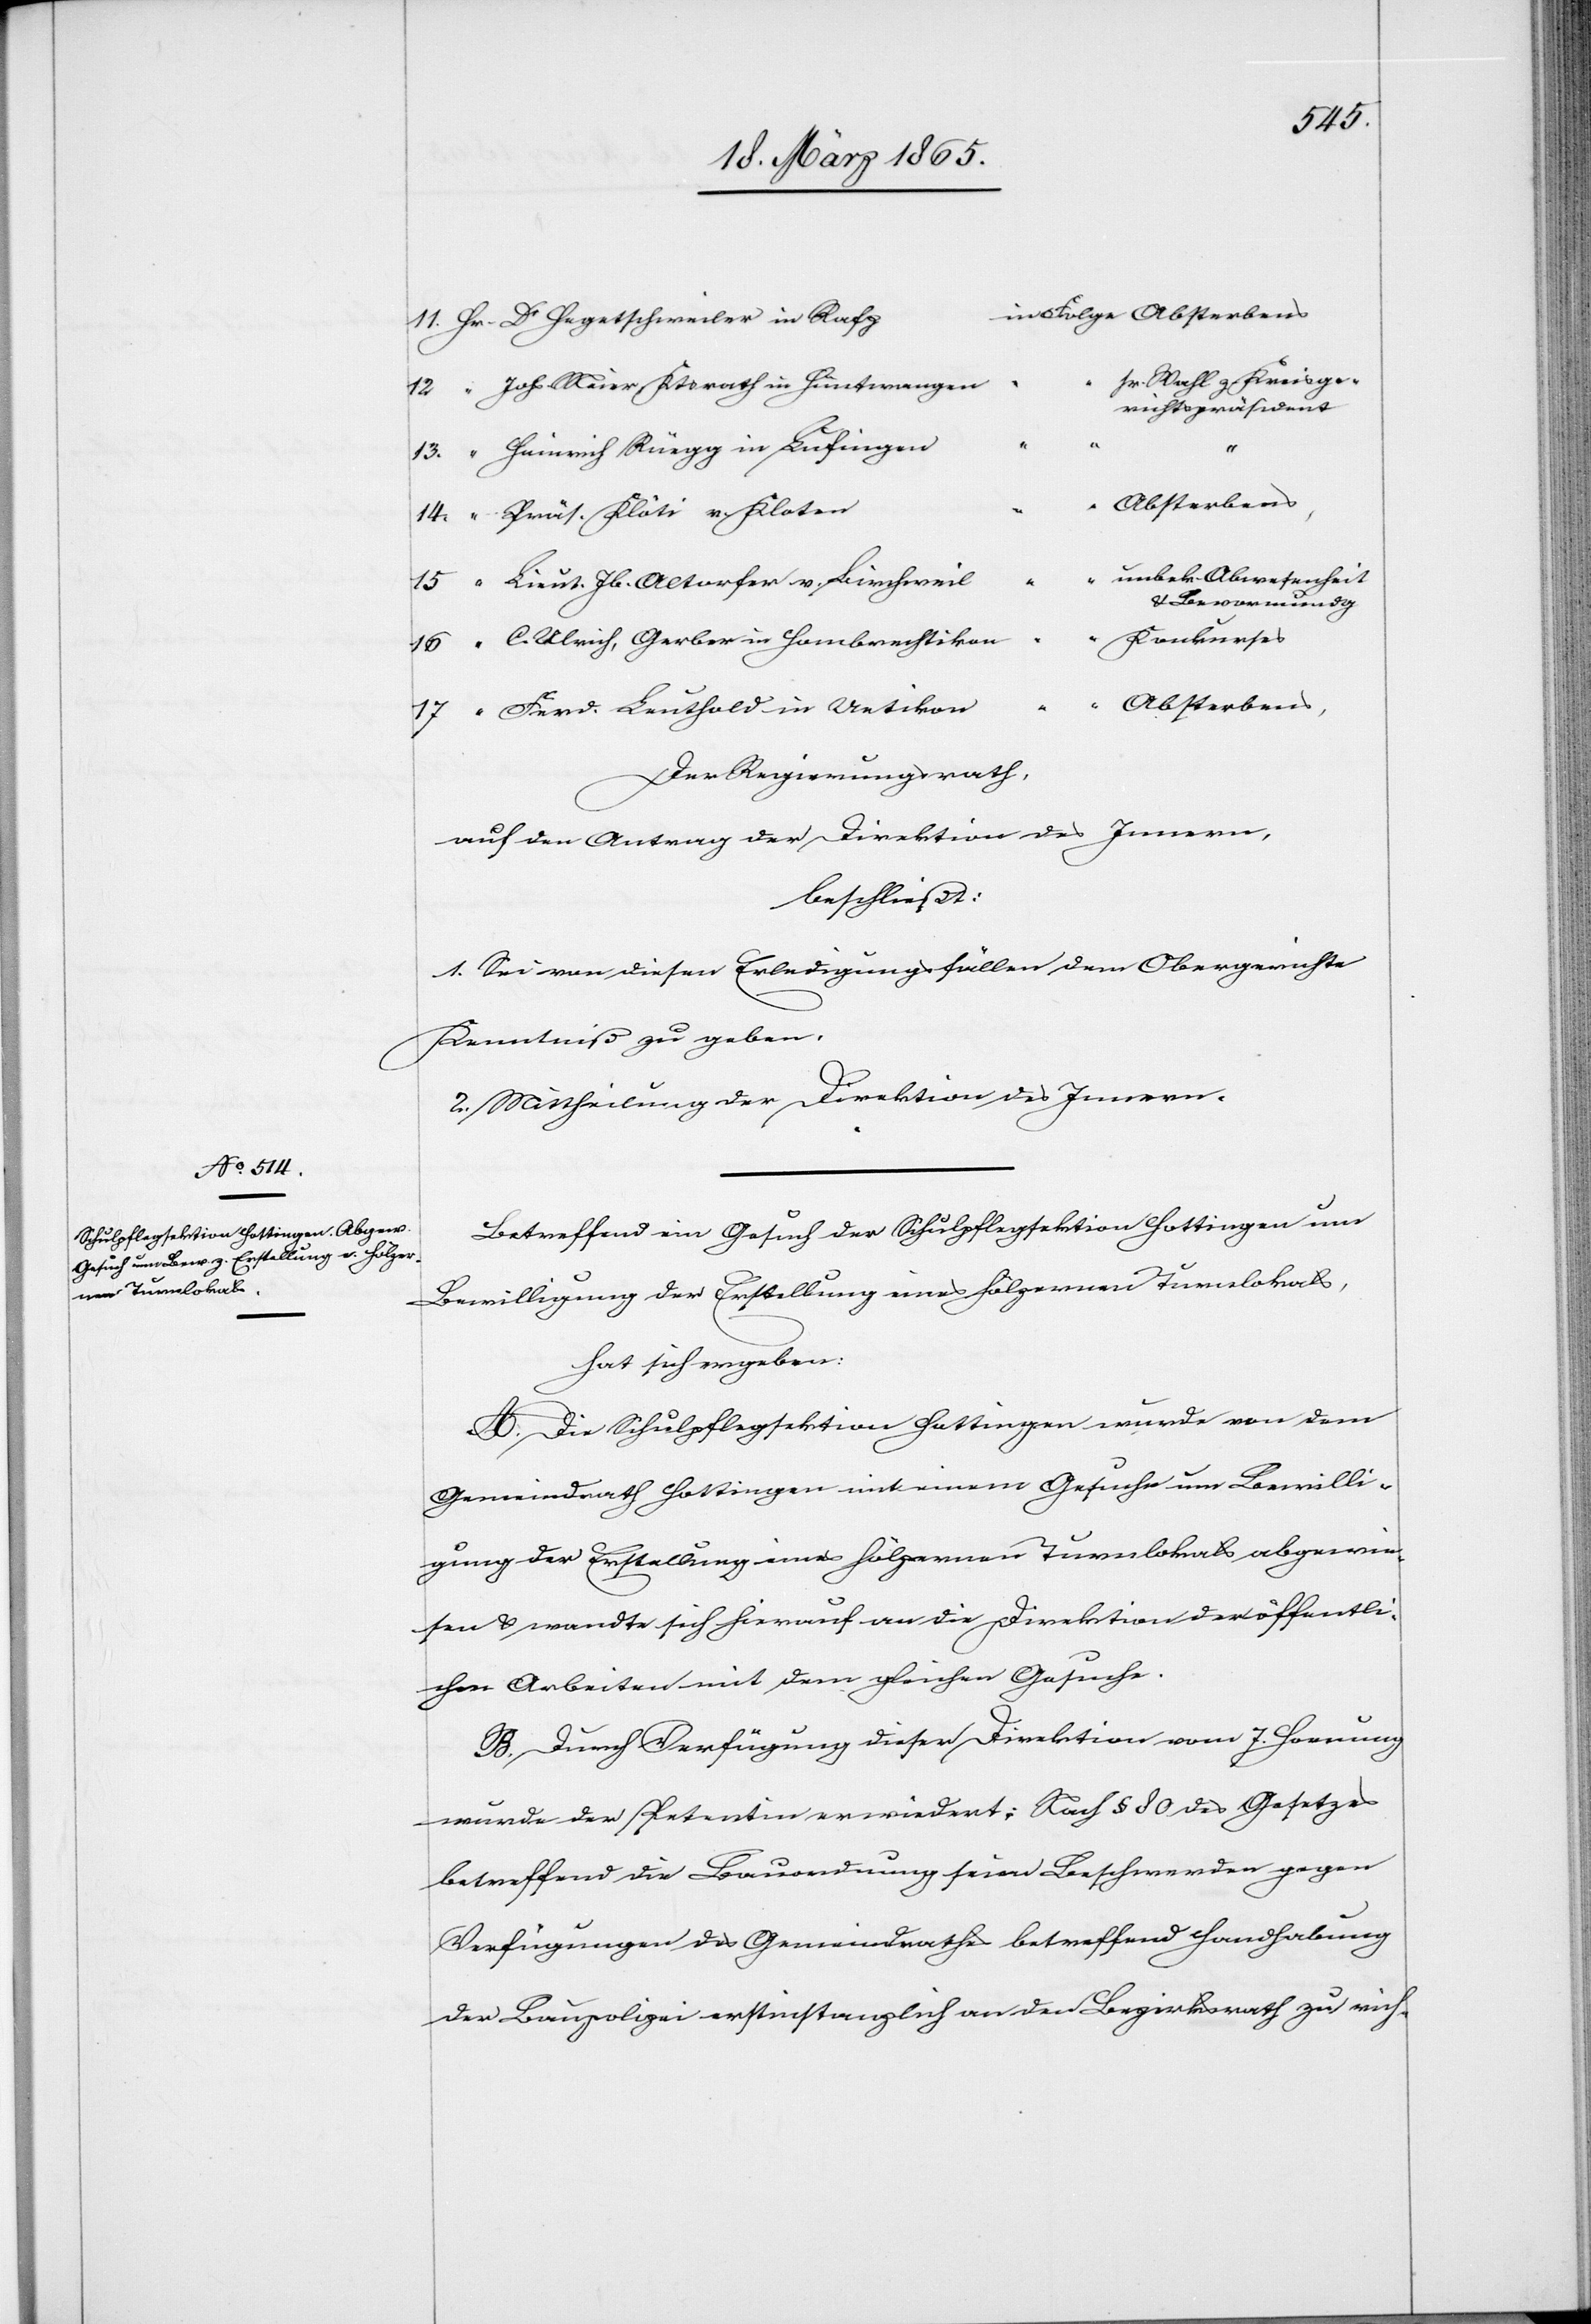
l
11. Hr.	Dr Hegetschweiler in
“	sr. Wahl z. Kreisge¬
richtspräsident
“	Absterbens,
“	unbek. Abwesenheit
15	“	Lieut. Jb. Altorfer v. Birchwei¬
& Bevormundg
“
“	Konkurses
Der Regierungsrath ,
auf den Antrag der Direktion des Innern,
beschließt:
1. Sei von diesen Erledigungsfällen dem Obergerichte
Kenntniß zu geben.
2. Mittheilung der Direktion des Innern.
Betreffend ein Gesuch der Schulpflegsektion Hottingen um
Bewilligung der Erstellung eines hölzernen Turnlokals,
hat sich ergeben:
A. Die Schulpflegesektion Hottingen wurde von dem
“
Gemeindrath Hottingen mit einem Gesuche um Bewilli¬
gung der Erstellung eines hölzernen Turnlokals abgewie¬
sen & wandte sich hierauf an die Direktion der öffentli¬
chen Arbeiten mit dem gleichen Gesuche.
B. Durch Verfügung dieser Direktion vom 7. Hornung
wurde der Petentin erwiedert: Nach § 80 des Gesetzes
betreffend die Bauordnung seien Beschwerden gegen
Verfügungen des Gemeindrathes betreffend Handhabung
der Baupolizei erstinstanzlich an den Bezirksrath zu rich-